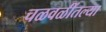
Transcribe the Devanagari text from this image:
चळवळींतल्या